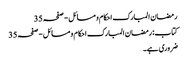
رمضان المبارک احکام و مسائل - صفحہ 35
کتاب: رمضان المبارک احکام و مسائل - صفحہ 35
ضروری ہے۔